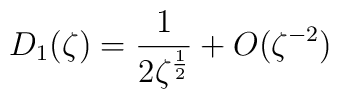
D_1(\zeta) = \frac{1}{2\zeta^{\frac12}} + O(\zeta^{-2})